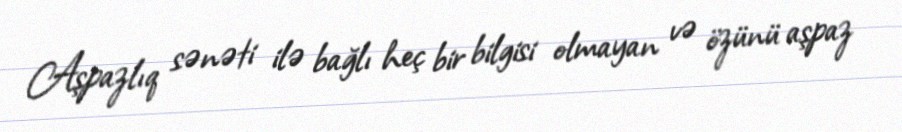
Aşpazlıq sənəti ilə bağlı heç bir bilgisi olmayan və özünü aşpaz